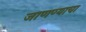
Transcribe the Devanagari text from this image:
जाणण्याचा